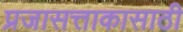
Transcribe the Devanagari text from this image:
प्रजासत्ताकासाठी